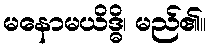
မနောမယိဒ္ဓိ၊ မည်၏။